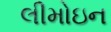
લીમોઇન